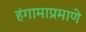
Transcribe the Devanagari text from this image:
हंगामाप्रमाणे